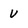
Character: V